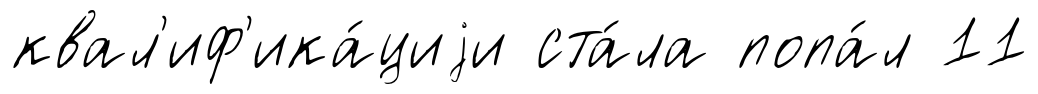
квал'иф'ика́циjи ста́ла попа́л 11